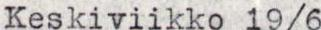
Keskiviikko 19/6